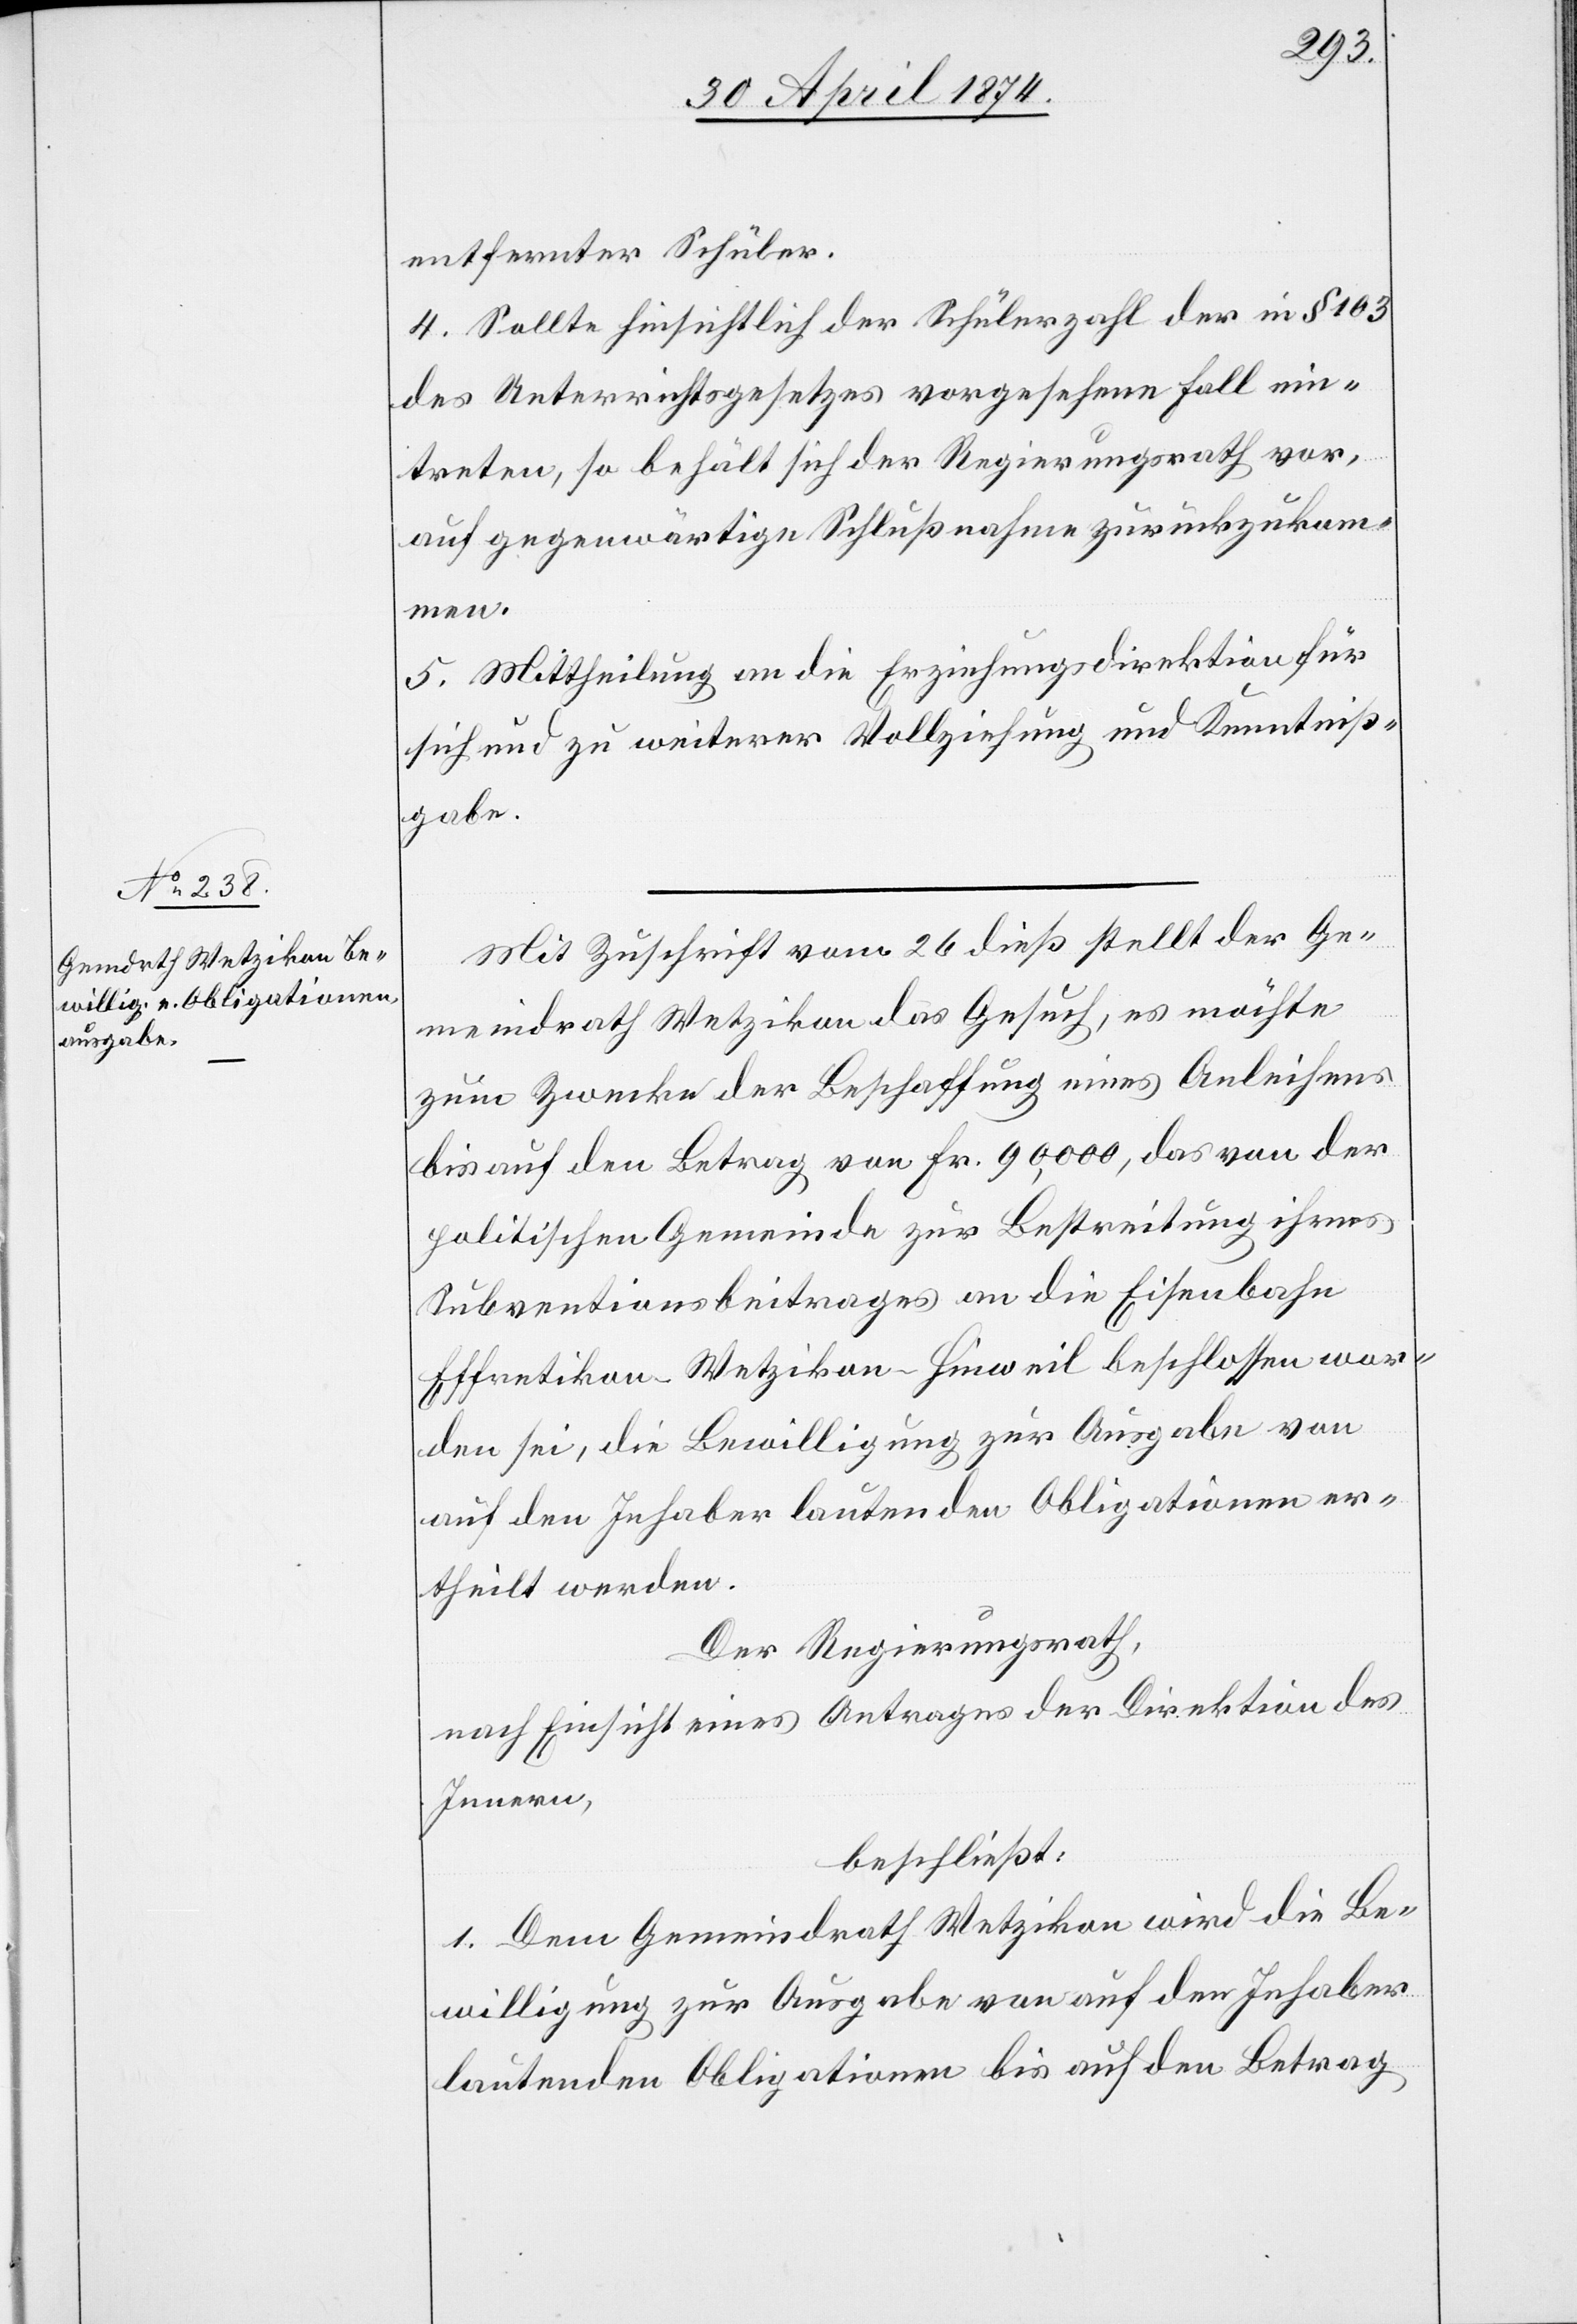
entfernter Schüler.
4. Sollte hinsichtlich der Schülerzahl der in § 163
des Unterrichtsgesetzes vorgesehene Fall ein¬
treten, so behält sich der Regierungsrath vor,
auf gegenwärtige Schlußnahme zurückzukom¬
men.
5. Mittheilung an die Erziehungsdirektion für
sich und zu weiterer Vollziehung und Kenntniß¬
gabe.
Mit Zuschrift vom 26. dieß stellt der Ge¬
meindrath Wetzikon das Gesuch, es möchte
zum Zwecke der Beschaffung eines Anleihens
bis auf den Betrag von Fr. 90,000, das von der
politischen Gemeinde zur Bestreitung ihres
Subventionsbeitrages an die Eisenbahn
Effretikon-Wetzikon-Hinweil beschlossen wor¬
den sei, die Bewilligung zur Ausgabe von
auf den Inhaber lautenden Obligationen er¬
theilt werden.
Der Regierungsrath,
nach Einsicht eines Antrages der Direktion des
Innern,
beschließt:
1. Dem Gemeindrath Wetzikon wird die Be¬
willigung zur Ausgabe von auf den Inhaber
lautenden Obligationen bis auf den Betrag